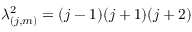
\lambda _ { ( j , m ) } ^ { 2 } = ( j - 1 ) ( j + 1 ) ( j + 2 )